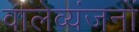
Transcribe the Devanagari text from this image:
वालेव्यंजनों